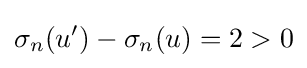
\sigma _{n}(u')-\sigma _{n}(u)=2>0